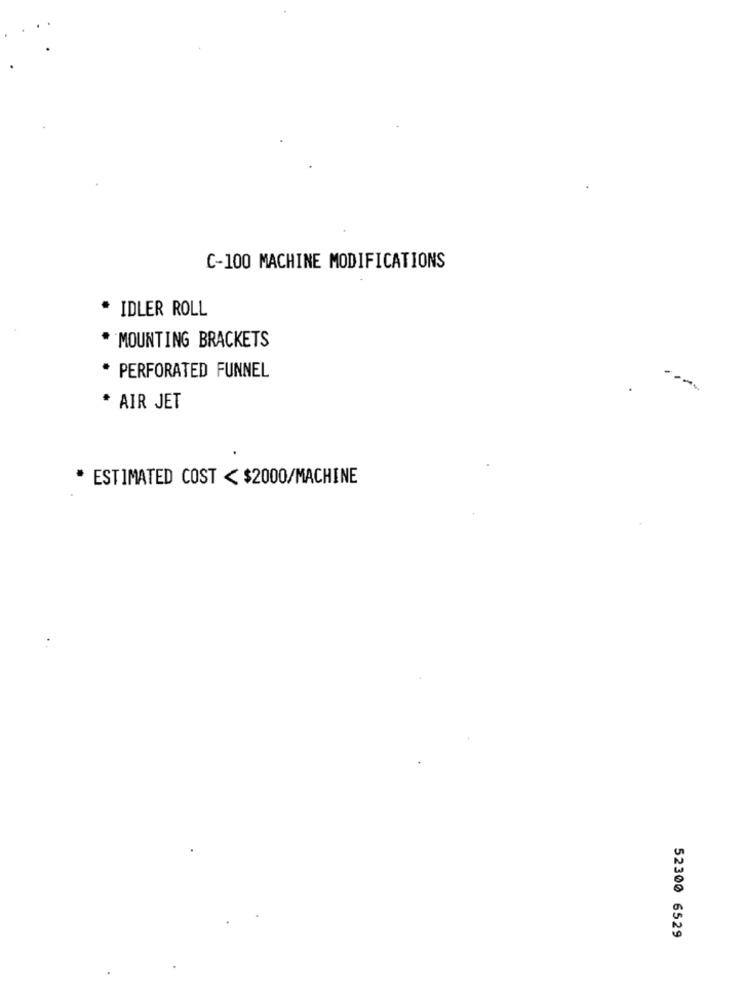
C-100 MACHINE MODIFICATIONS
* IDLER ROLL
MOUNTING BRACKETS
* PERFORATED FUNNEL
* AIR JET
* ESTIMATED COST < $2000/MACHINE
52300 6529